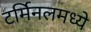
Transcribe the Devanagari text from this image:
टर्मिनलमध्ये